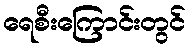
ရေစီးကြောင်းတွင်